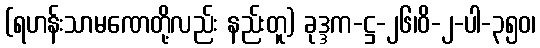
(ရဟန်းသာမဏေတို့လည်း နည်းတူ) ခုဒ္ဒက-ဋ္ဌ-၂၆၊ဝိ-၂-ပါ-၃၅၀၊